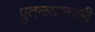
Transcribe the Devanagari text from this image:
पुतळ्यावरही